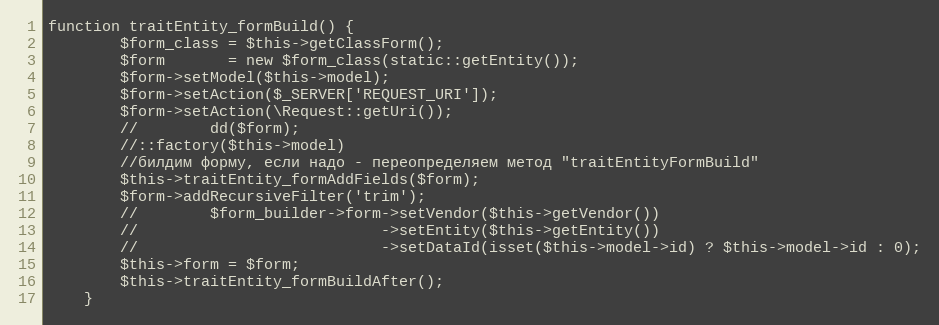
Language: PHP
function traitEntity_formBuild() {
        $form_class = $this->getClassForm();
        $form       = new $form_class(static::getEntity());
        $form->setModel($this->model);
        $form->setAction($_SERVER['REQUEST_URI']);
        $form->setAction(\Request::getUri());
        //        dd($form);
        //::factory($this->model)
        //билдим форму, если надо - переопределяем метод "traitEntityFormBuild"
        $this->traitEntity_formAddFields($form);
        $form->addRecursiveFilter('trim');
        //        $form_builder->form->setVendor($this->getVendor())
        //                           ->setEntity($this->getEntity())
        //                           ->setDataId(isset($this->model->id) ? $this->model->id : 0);
        $this->form = $form;
        $this->traitEntity_formBuildAfter();
    }